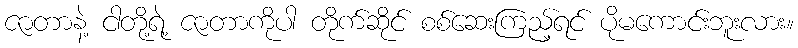
ဇာတာနဲ့ ငါတို့ရဲ့ ဇာတာကိုပါ တိုက်ဆိုင် စစ်ဆေးကြည့်ရင် ပိုမကောင်းဘူးလား။